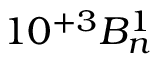
1 0 ^ { + 3 } B _ { n } ^ { 1 }